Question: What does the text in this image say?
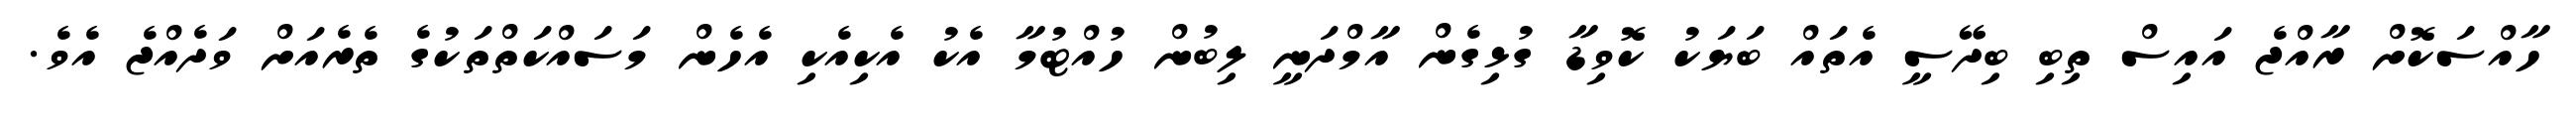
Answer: ހާއްސަކޮށް ރާއްޖެ އައިސް ތިބި ބިދޭސީ އެތައް ބަޔަކު ކޮވިޑާ ގުޅިގެން އާމްދަނީ ލިބުން ހުއްޓުމާ އެކު އެކިއެކި އެހެން މަސައްކަތްތަކުގެ ތެރެއަށް ވަދެއްޖެ އެވެ.